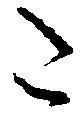
た